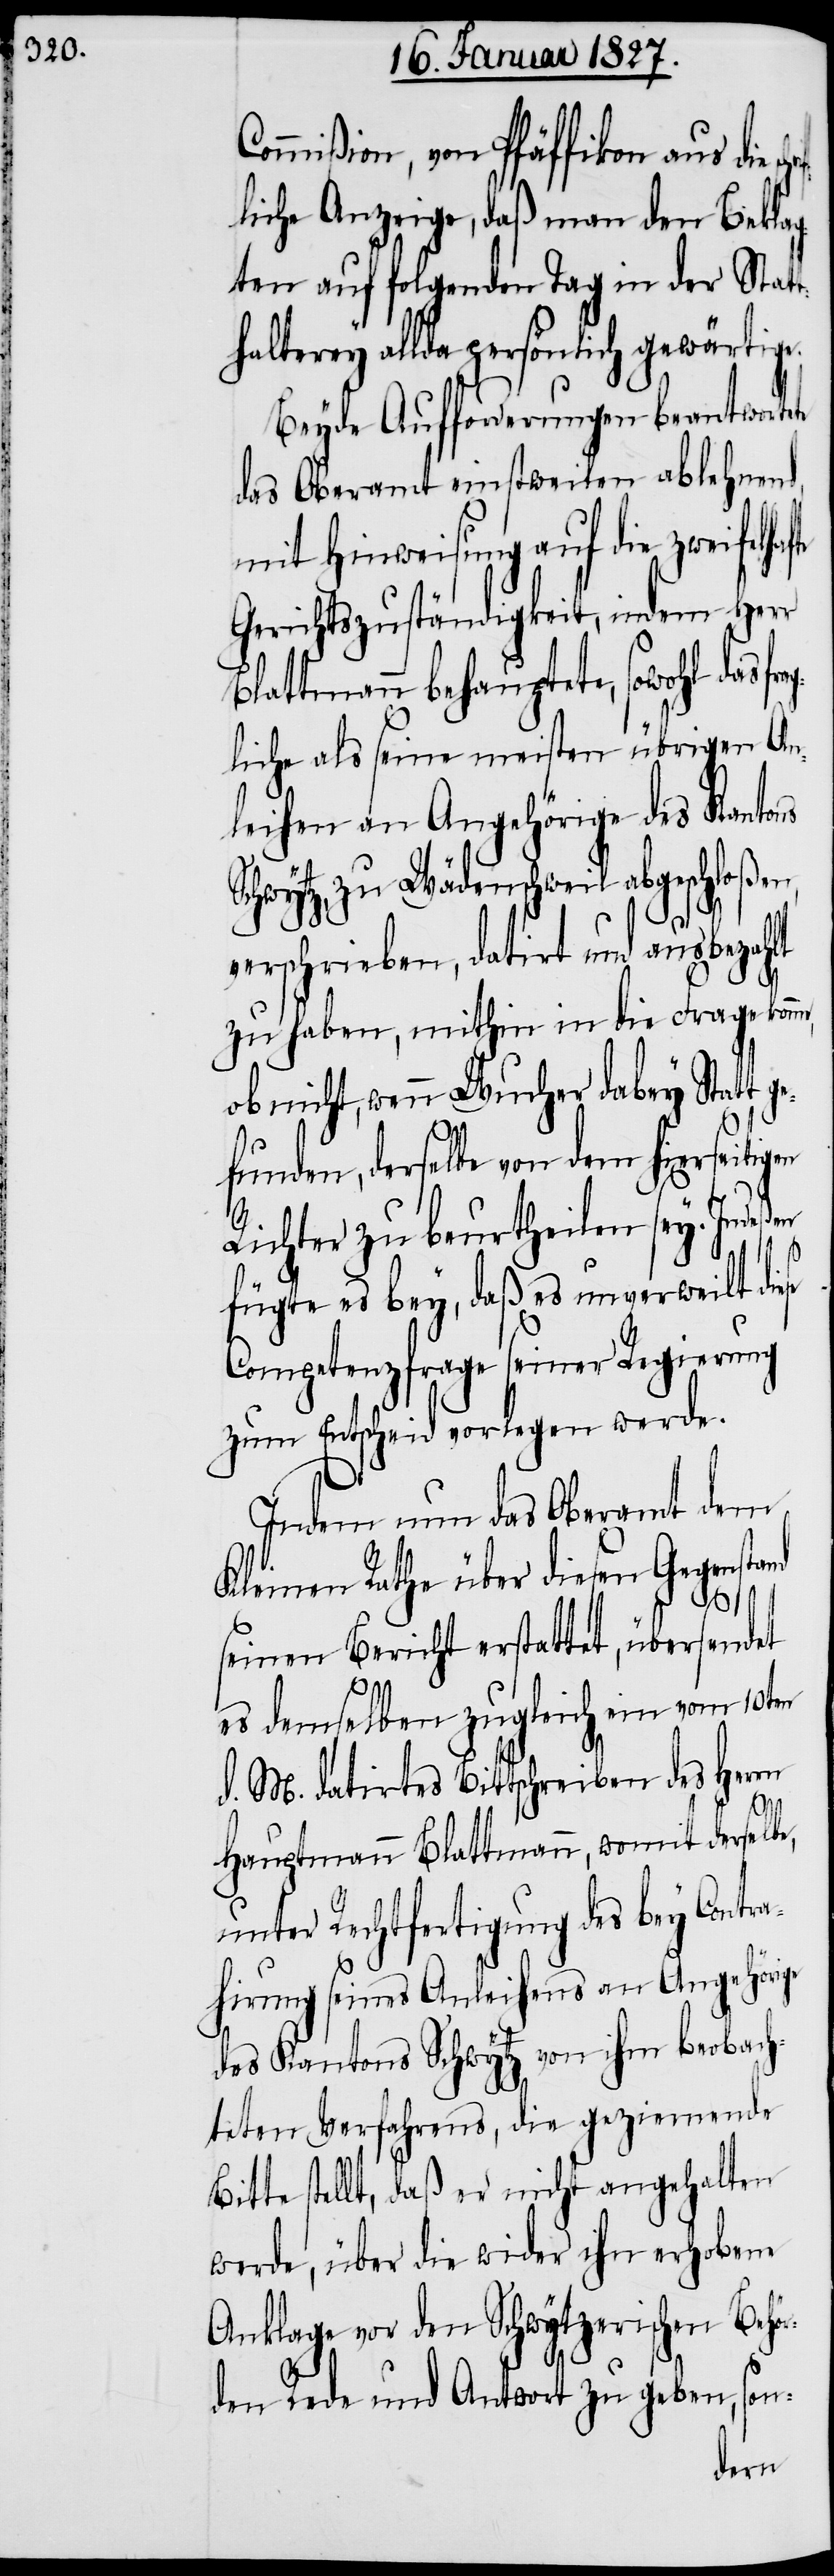
Commißion, von Pfäffikon aus die s¬
liche Anzeige, daß man den Bekla¬
gten auf folgenden Tag in der Statt¬
halterey allda persönlich gewärtige.
Beyde Aufforderungen beantwortete
das Oberamt einstweilen ablehnen¬
mit Hinweisung auf die zweifelha¬
Gerichtszuständigkeit, indem Herr
Blattmann behauptete, sowohl das f¬
liche als seine meisten übrigen An¬
leihen an Angehörige des Kantons
Wädenschweil abgeschloßen,
verschrieben, datirt und ausbezahlt
zu haben, mithin in die Frage kom¬
ob nicht, wenn Wucher dabey Statt
funden, derselbe von dem hierseitigen
Richter zu beurtheilen sey. Indeßen
fügte es bey, daß es unverweilt die¬
Competenzfrage seiner Regierung
zum Entscheid vorlegen werde.
Indem nun das Oberamt dem
Kleinen Rathe über diesen Gegenstand
rag¬
seinen Bericht erstattet, übersendet
es demselben zugleich ein vom 10ten
d. M. datirtes Bittschreiben des Herrn
se
Hauptmann Blattmann, womit derselbe,
unter Rechtfertigung des bey Contra¬
hirung seines Anleihens an Angehörige
des Kantons Schwytz von ihm beobach¬
teten Verfahrens, die geziemende
Bitte stellt, daß er nicht angehalten
werde, über die wider ihn erhobene
Anklage vor den Schwytzerischen Behör¬
den Rede und Antwort zu geben, son-